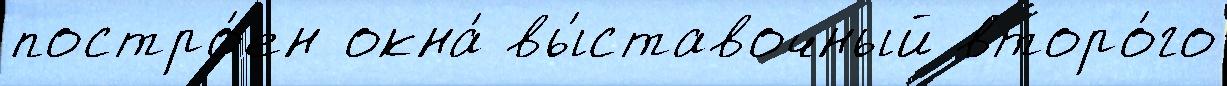
постро́ен окна́ вы́ставочный второ́го